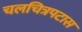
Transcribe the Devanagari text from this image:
चलचित्रपटास